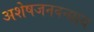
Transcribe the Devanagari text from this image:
अशेषजनवन्द्याय